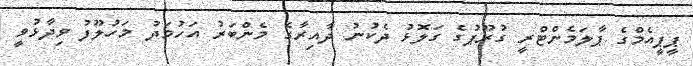
ޕީޕީއެމްގެ ޕާލަމެންޓްރީ ގުރޫޕުގެ ގަލޮޅު ދެކުނު ދާއިރާގެ މެންބަރު އަހުމަދު މަހުލޫފު ވިދާޅުވީ